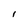
Character: 1